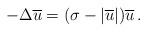
LaTeX: \begin{align*}-\Delta\overline u=(\sigma-|\overline u|)\overline u\,.\end{align*}